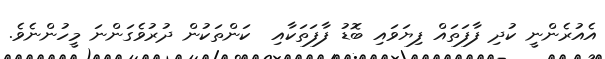
އެއުރެންނީ ކުދި ފާފަތައް ފިޔަވައި ބޮޑު ފާފަތަކާއި  ކަންތަކުން ދުރުވެގަންނަ މީހުންނެވެ.